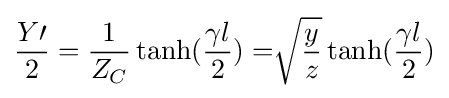
{\frac {Y\prime }{2}}={\frac {1}{Z_{C}}}\tanh({\frac {\gamma l}{2}})={\sqrt[{}]{\frac {y}{z}}}\tanh({\frac {\gamma l}{2}})